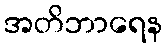
အတိဘာရေန